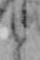
と